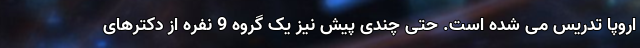
اروپا تدریس می شده است. حتی چندی پیش نیز یک گروه 9 نفره از دکترهای